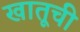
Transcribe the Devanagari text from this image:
खातूची